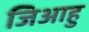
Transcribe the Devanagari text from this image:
जिआहु